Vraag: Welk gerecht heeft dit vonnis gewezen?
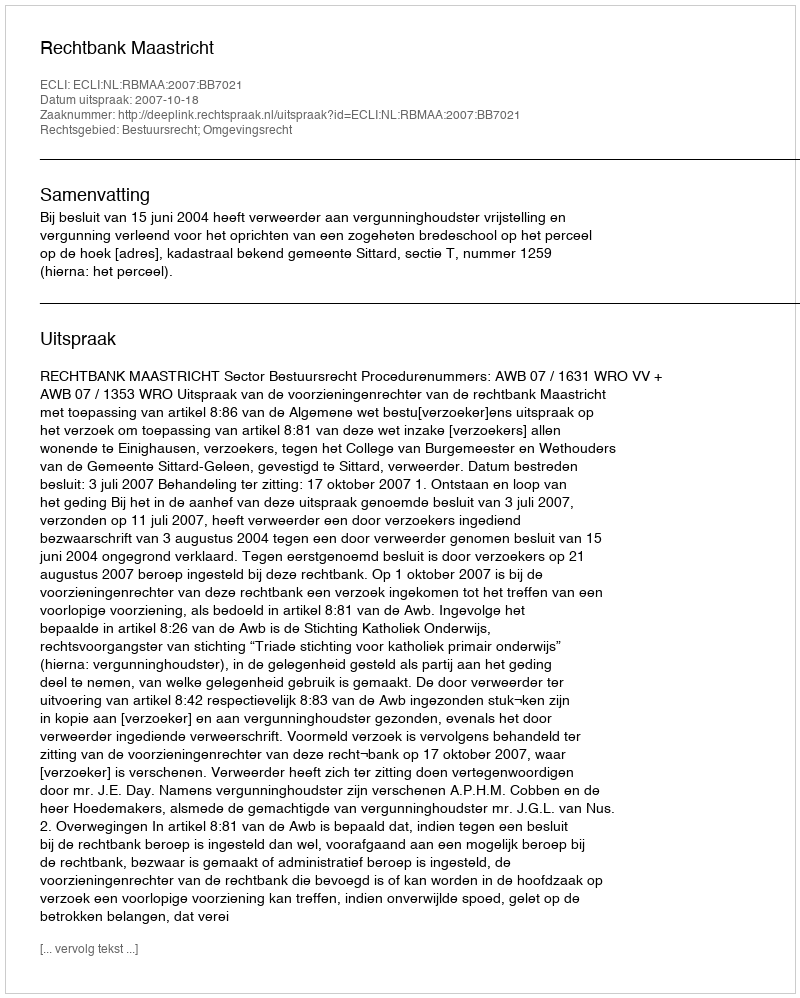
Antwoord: Rechtbank Maastricht